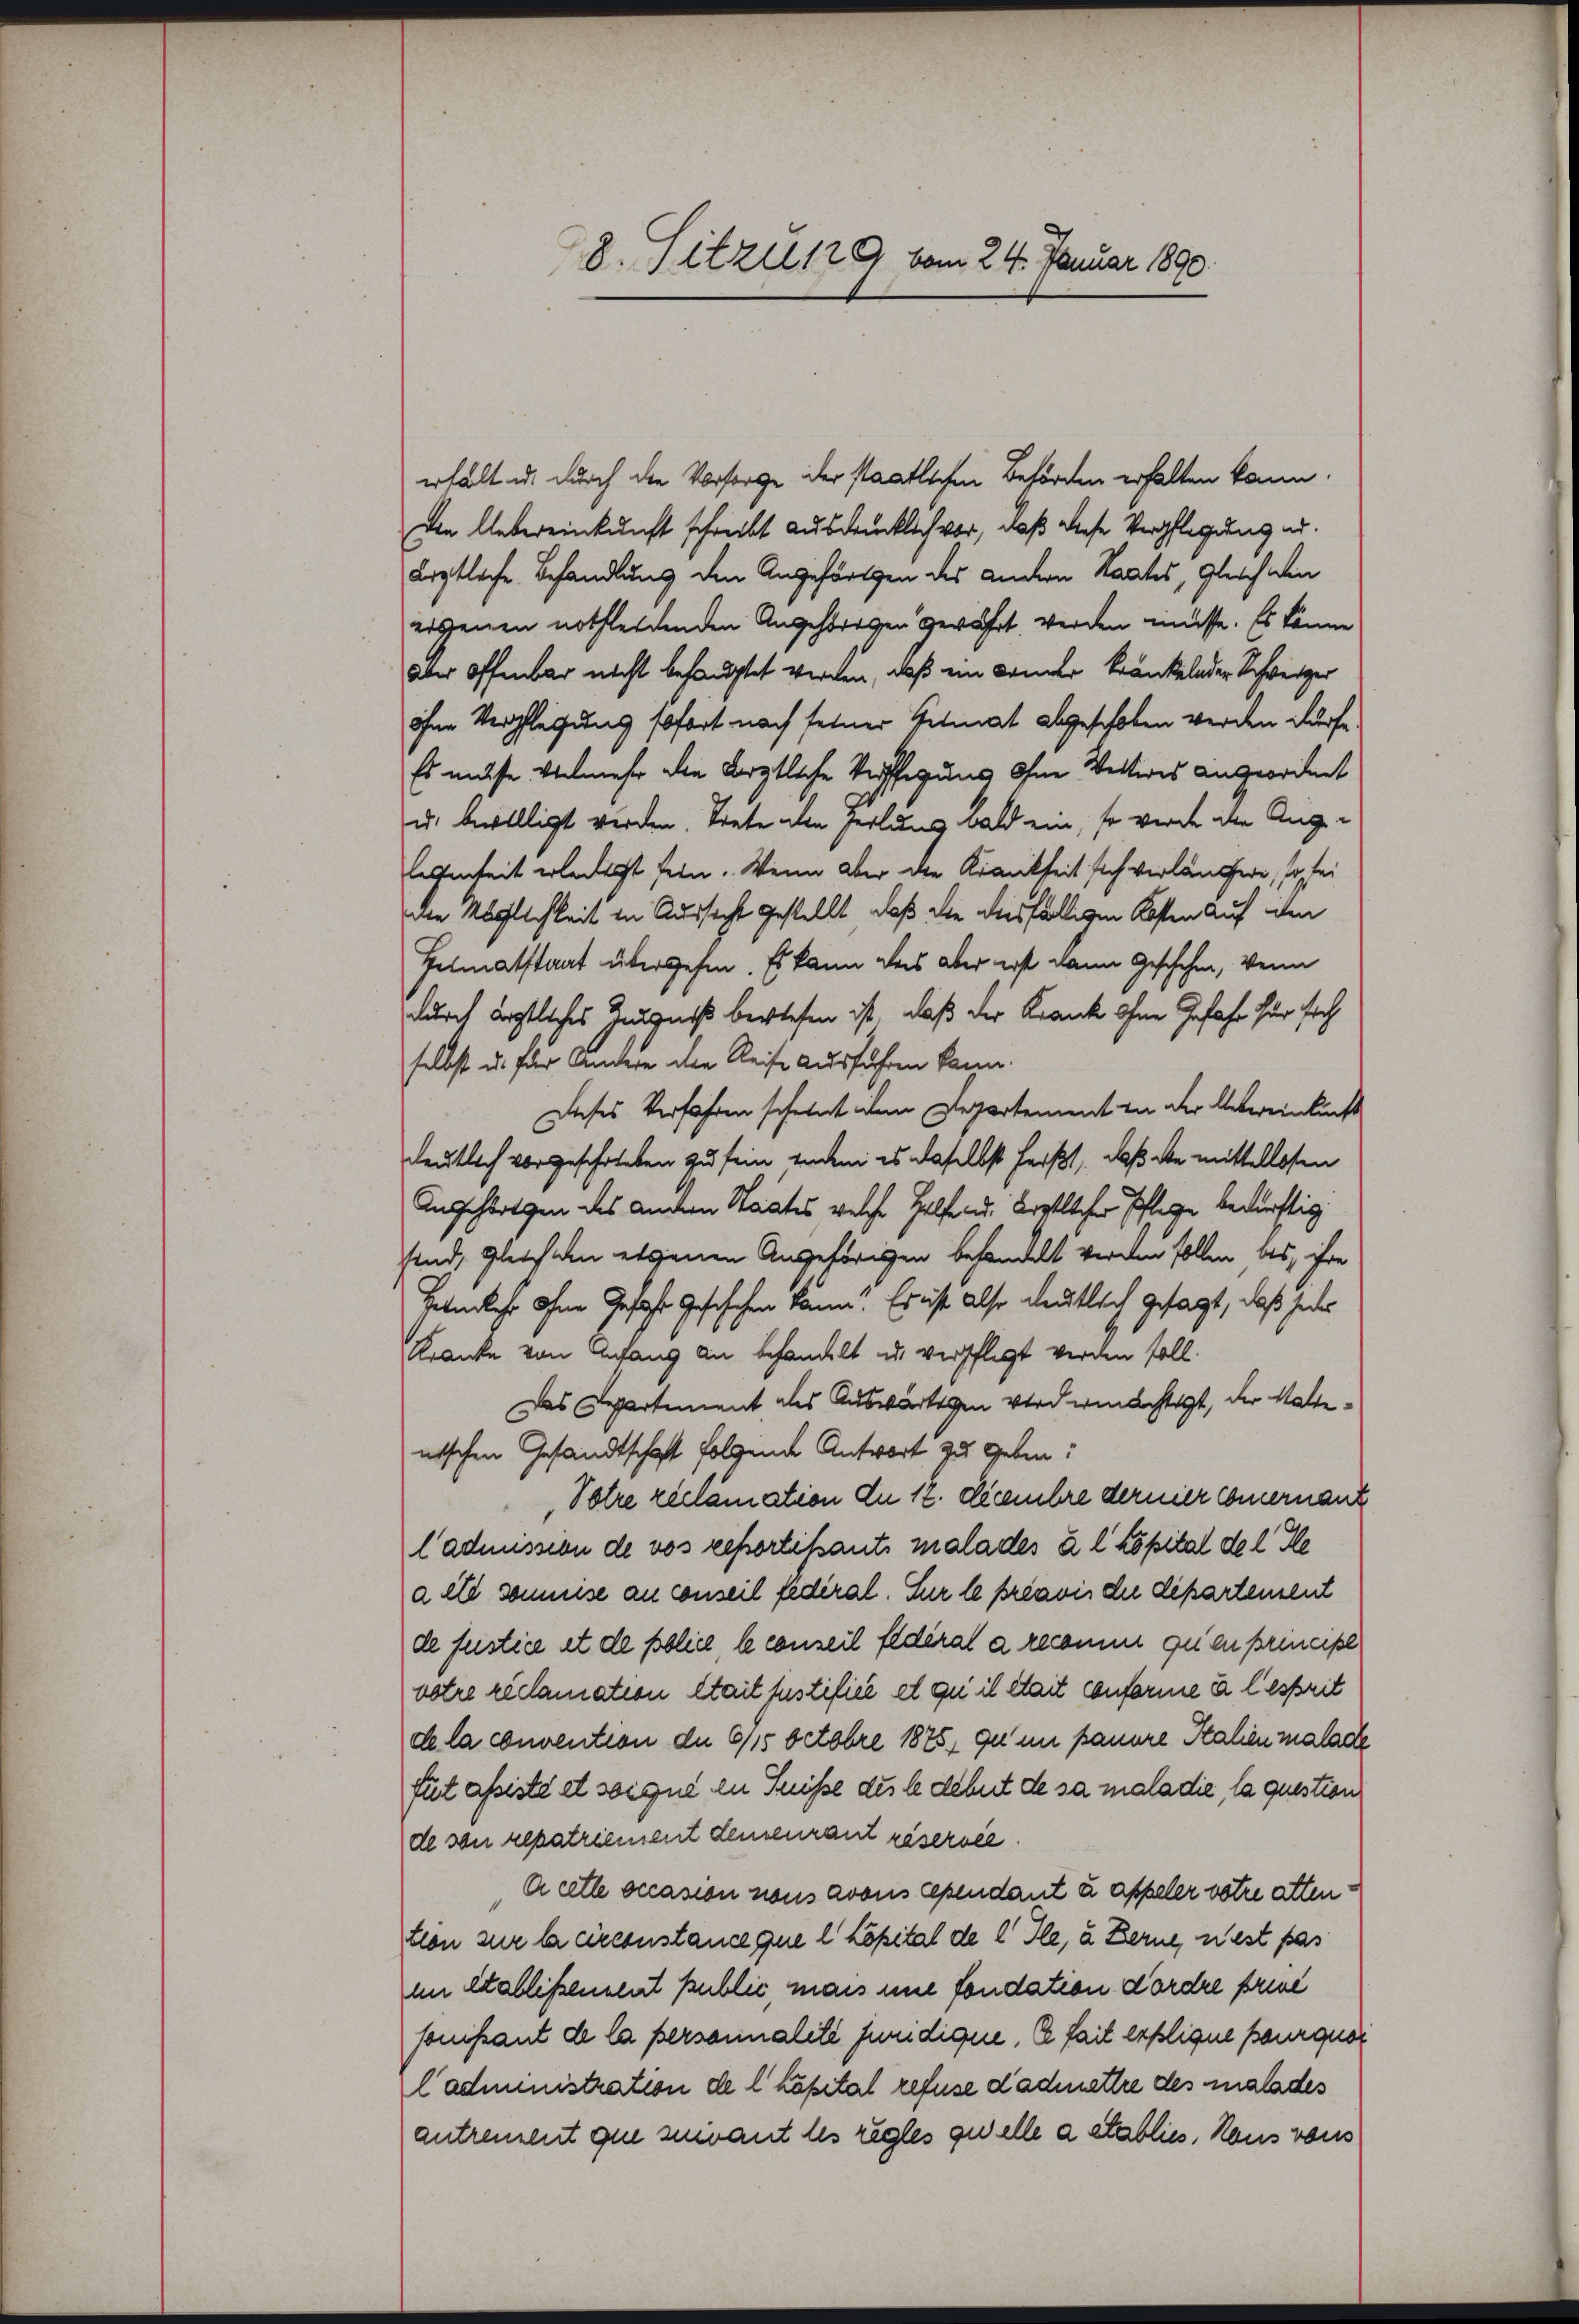
18. Sitzung vom 24. Januar 1890

erhält u. durch die Vorsorge der staatlichen Behörden erhalten kann.
Dein Uebereinkunft schreibt ausdrücklich vor, daß diese Verpflegung an.
ärztliche Behandlung den Angehörigen des andern Staates, gleich ein
eigenen nothleidenden Angehörigen gewährt werden müsse. Es könne
aber offenbar nicht behauptet werden, daß ein Lander kränkelnder Schweizer
ohne Verpflegung sofort nach seiner Heimat abgeschoben werden dürfe.
Es müsse vielmehr den ärztliche Verffegung ohne Vetteres angeordnet
u. bewilligt werden. Siete den Heilung bald ein, so werde die Angelegenheit erledigt sein. Wenn aber die Krankheit sich verlängere, so sei
ne Möglichkeit in Aussicht gestellt, daß die diesfälligen Kosten auf den
Helmatstaat übergehen. Es kann das aber erst dann Geschehen, wenn
durch ärztliches Zeugniß berlesen ist, daß der Krank ohne Gefahr für sich
selbst u. für Andere den Reise ausführen kann.
Dieses Verfahren scheint dem Departement in der Uebereinkunft
deutlich vorgeschrieben zu sein einem es daselbst heißt, daß die mittellosen
Anschlagen des andern Staates welche Helfend erstlicher Pflege bedürftig
sind, gleich den ergenen Angehörigen behandelt werden sollen bis, ihre
Helmlecht ohne Gesetzt Geschehen kann! Es ist also deutlich gesagt, daß jedes
Kranke von Anfang an behandelt u. verpflegt werden soll.
Das Departement des Auswärtigen wird ermächtigt, der Waltenischen Gesandtschaft folgende Antwort zu geben:
Votre reclamation du 12. Decembre dernier Comernanz
ladmission de vos reportikants malades à l Löpital del Kle
a et sommise an conseil federal. Sur le préavis die dipartement
de fustice et de police, le conseil fédéral a recomune qu’en principe
votre réclamation stait fustifiée et qui il était conforme u. lestrit
de la convention der 615 Octobre 1875, zu in kannere Stalien malade
fut assisté et soique in Suisse des le debet de sa maladie, la question
de son repatriement demeurant réservée.
e cette occasion sons avous cependant u appeler votre attention zur la circonstance que l Lopital de l' Ile, u Berne, nest pas
im Stallißement public, man une fondation dordre prive
sonifant de la personnalite funidique, le fait explique pourquor
ladministration de l kapital refuse dadmettre des malades
antrement que suivant les regles quelle a etablies. Haus vons